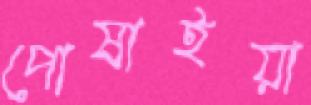
পোষাইয়া